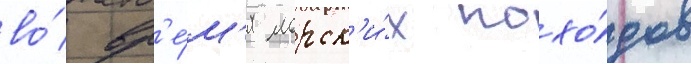
во́ вр'е́м'я морск'и́х похо́дов